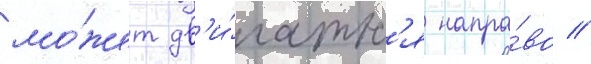
мо́жет дв'и́гатьс'я напра́во //